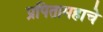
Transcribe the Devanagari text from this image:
प्रपितामहाचे